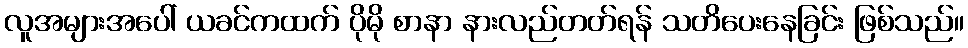
လူအများအပေါ် ယခင်ကထက် ပိုမို စာနာ နားလည်တတ်ရန် သတိပေးနေခြင်း ဖြစ်သည်။